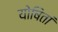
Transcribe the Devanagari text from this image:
योषितां